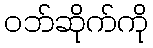
ဝဘ်ဆိုက်ကို